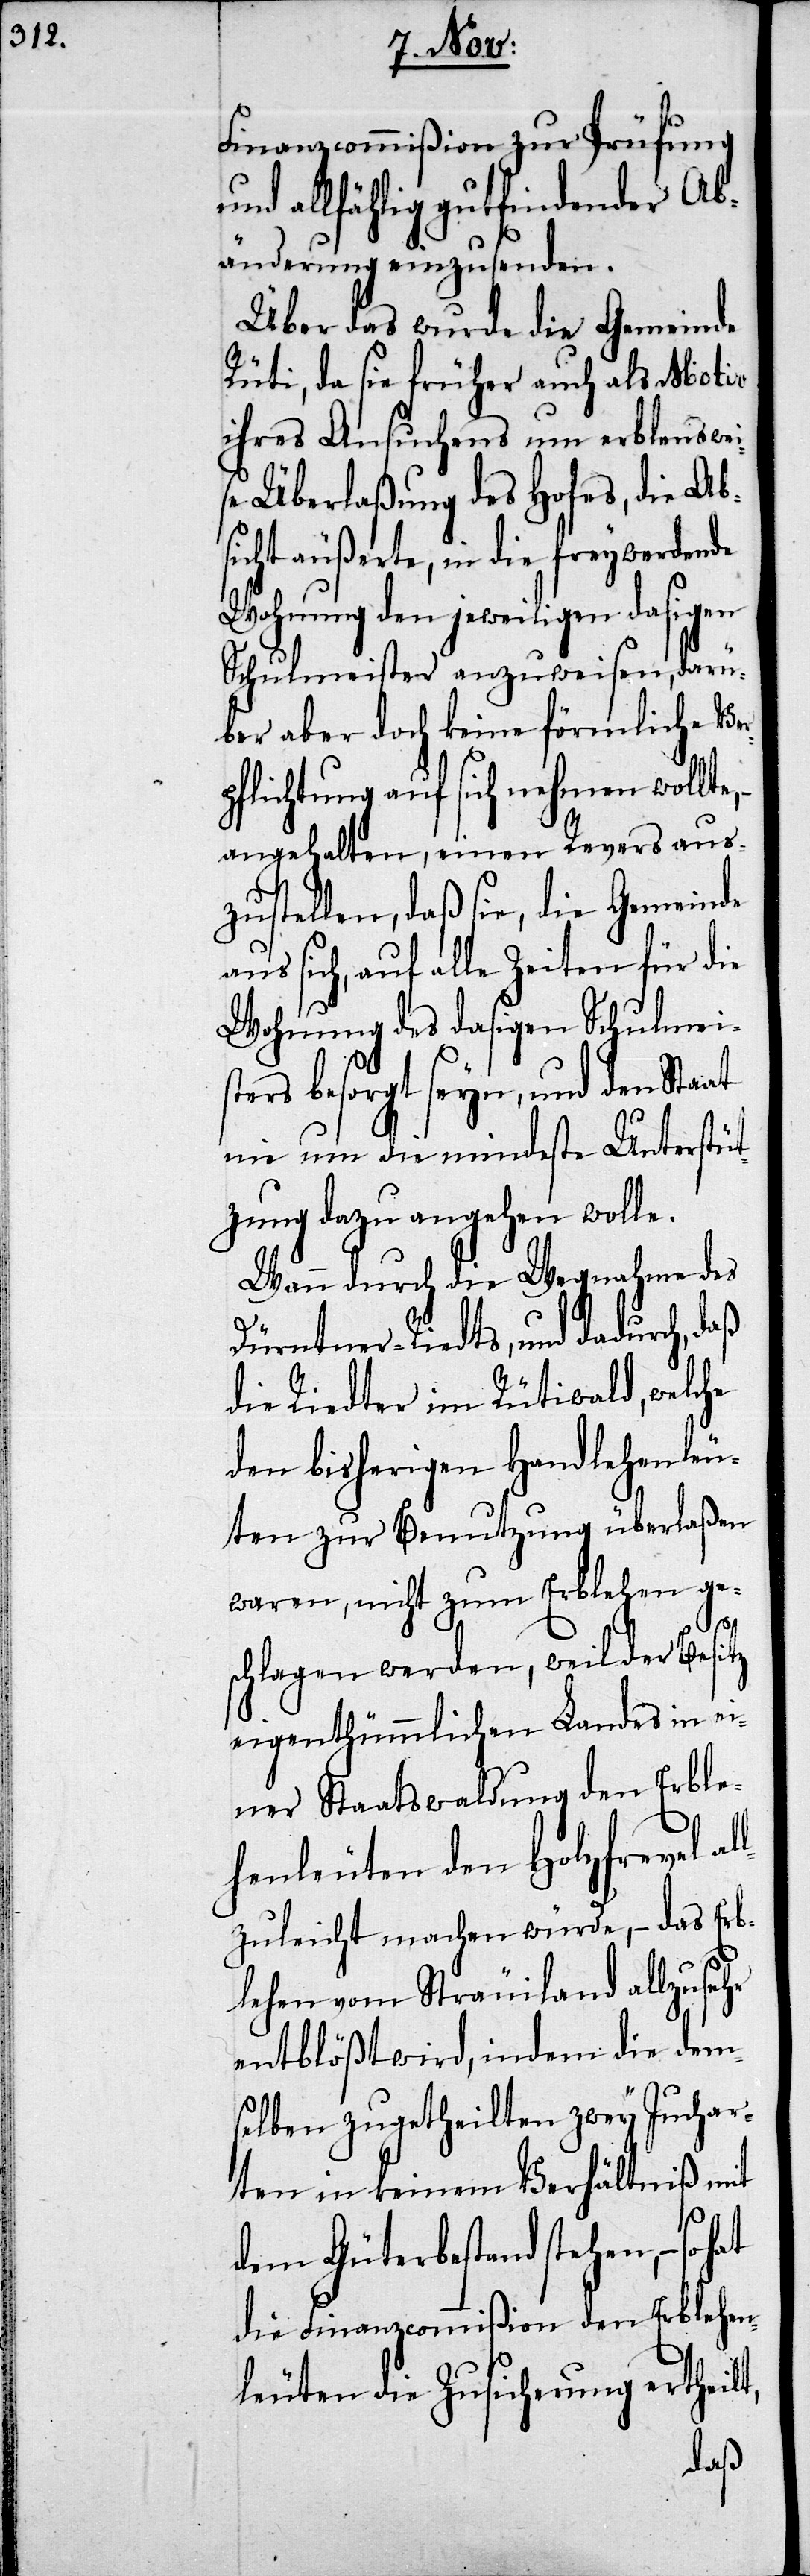
swei¬
Finanzcommißion zur Prüfung
und allfählig gutfindender Ab¬
änderung einzusenden.
Über das wurde die Gemeinde
Rüti, da sie früher auch als Motiv
ihres Ansuchens um erble[he]n¬
se Überlaßung des Hofes, die Ab¬
sicht äußerte, in die freywerdende
Wohnung den jeweiligen dasigen
Schulmeister anzuweisen, darü¬
ber aber doch keine förmliche Ver¬
pflichtung auf sich nehmen wollte,
angehalten, einen Revers aus¬
zustellen, daß sie, die Gemeinde
aus sich, auf alle Zeiten für die
Wohnung des dasigen Schulmeis¬
ters besorgt seyn, und den Staat
nie um die mindeste Unterstüt¬
zung dazu angehen wolle.
Wann durch die Wegnahme des
Dürntner-Riedts, und dadurch, daß
die Riedter im Rütiwald, welche
den bisherigen Handlehenleu¬
ten zur Benutzung überlaßen
waren, nicht zum Erblehen ge¬
schlagen werden, weil der Besitz
eigenthümmlichen Landes in ei¬
ner Staatswaldung den Erble¬
henleuten den Holzfrevel al¬
lzuleicht machen würde, – das Erb¬
lehen vom Sträuiland allzusehr
entblößt wird, indem die dem¬
selben zugetheilten zwey Juchar¬
ten in keinem Verhältniß mit
dem Güterbestand stehen, – so
die Finanzcommißion den Erblehen¬
leuten die Zusicherung ertheilt,